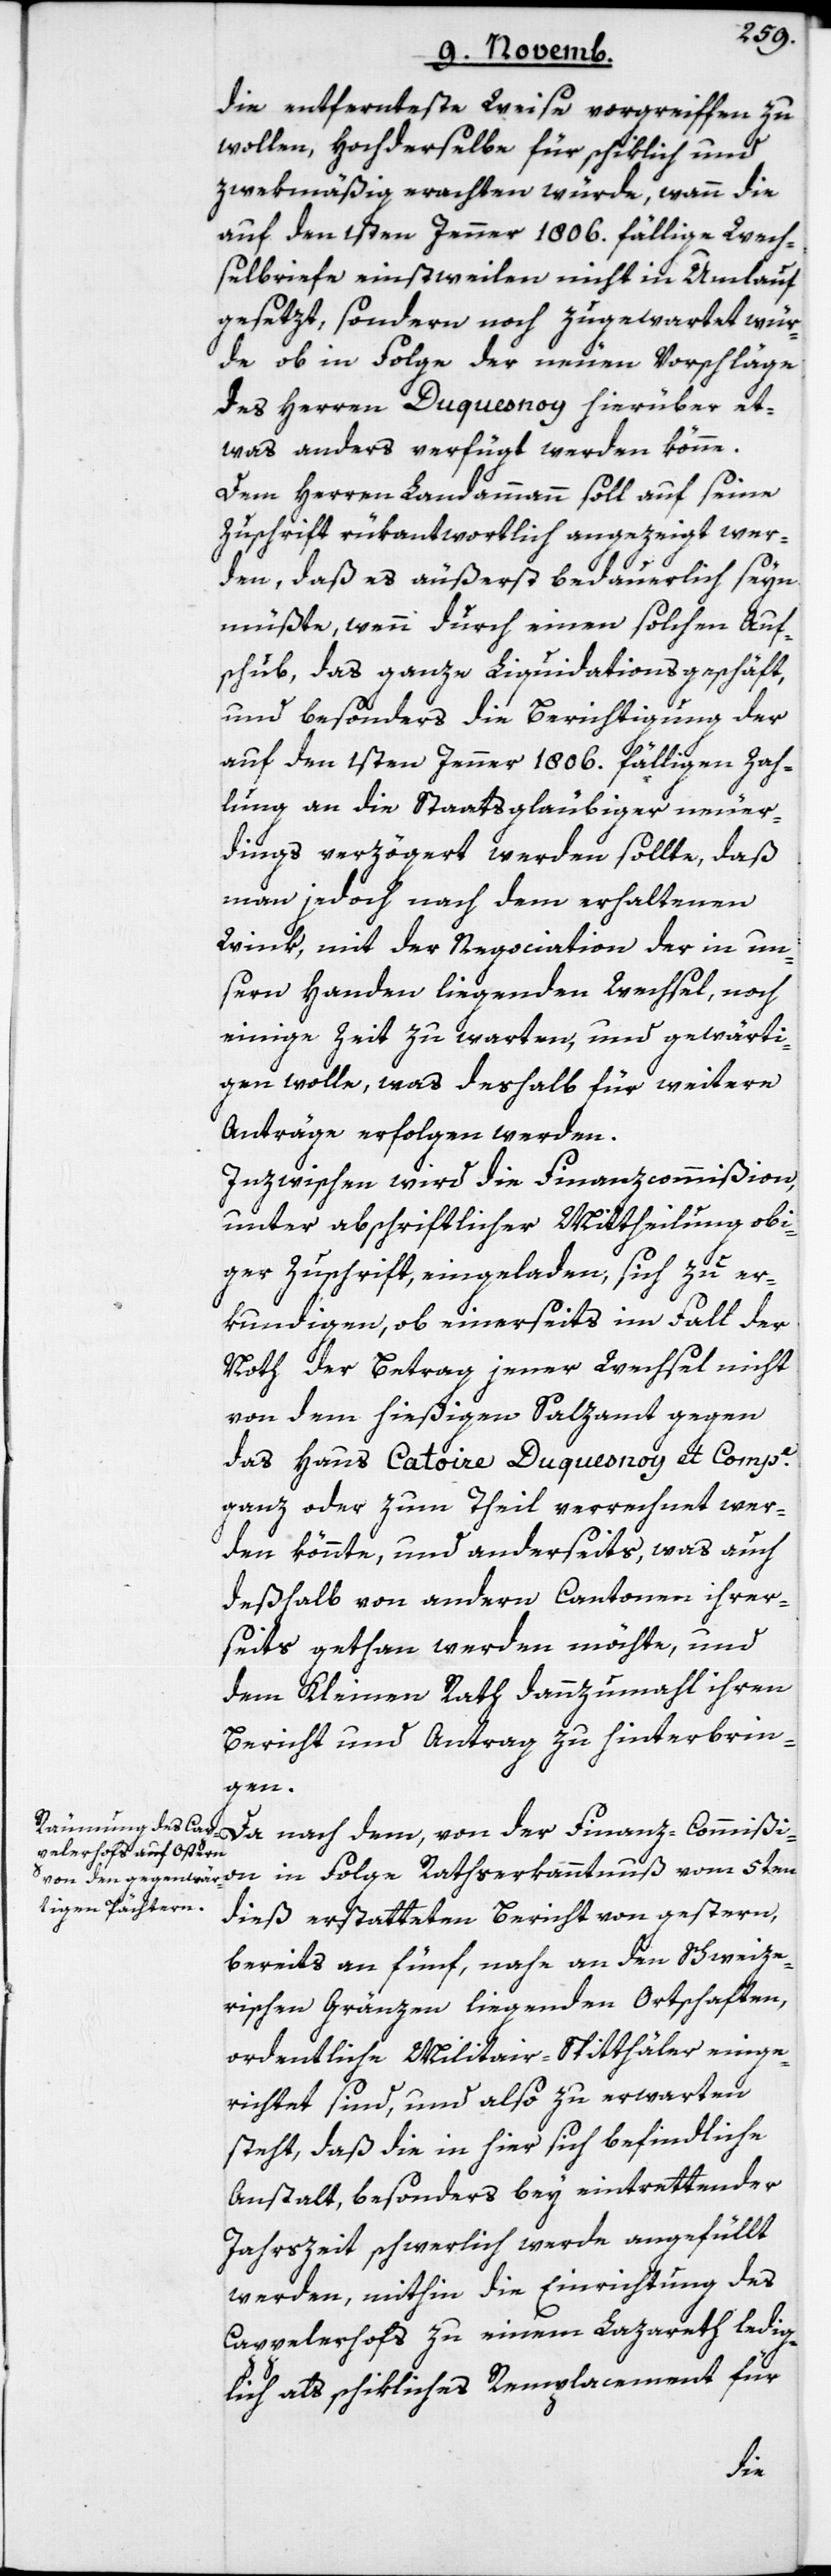
die entfernteste Weise vorgreiffen zu
wollen, Hochderselbe für schiklich und
zwekmäßig erachten würde, wann die
auf den 1sten Jenner 1806. fällige Wech¬
selbriefe einstweilen nicht in Umlauf
gesetzt, sondern noch zugewartet wür¬
de, ob in Folge der neuen Vorschläge
des Herren Duquesnoy hierüber et¬
was anderes verfügt werden könne.
Dem Herren Landammann soll auf seine
Zuschrift rükantwortlich angezeigt wer¬
den, daß es äußerst bedauerlich seyn
müßte, wenn durch einen solchen Auf¬
schub, das ganze Liquidationsgeschäft,
und besonders die Berichtigung der
auf den 1sten Jenner 1806. fälligen Zah¬
lung an die Staatsgläubiger neuer¬
dings verzögert werden sollte, daß
man jedoch nach dem erhaltenen
Wink, mit der Negociation der in un¬
sern Handen liegenden Wechsel, noch
einige Zeit zu warten, und gewärti¬
gen wolle, was deshalb für weitere
Anträge erfolgen werden.
Inzwischen wird die Finanzcommißion,
unter abschriftlicher Mittheilung obi¬
ger Zuschrift, eingeladen, sich zu er¬
kundigen, ob einerseits im Fall der
Noth der Betrag jener Wechsel nicht
von dem hießigen Salzamt gegen
das Haus Catoire Duquesnoy et Compe.
ganz oder zum Theil verrechnet wer¬
den könnte, und anderseits, was auch
deßhalb von andern Cantonen ihrer¬
seits gethan werden möchte, und
dem Kleinen Rath dannzumahl ihren
Bericht und Antrag zu hinterbrin¬
gen.
in Folge Rathserkanntnuß vom 5ten
dieß erstatteten Bericht von gestern,
bereits an fünf, nahe an den Schweize¬
rischen Gränzen liegenden Ortschaften,
ordentliche Militair-Spitthäler einge¬
richtet sind, und also zu erwarten
steht, daß die in hier sich befindliche
Anstalt, besonders bey eintrettender
Jahrzeit schwerlich werde angefüllt
werden, mithin die Einrichtung des
Cappelerhofs zu einem Lazareth ledig¬
lich als schikliches Remplacement für